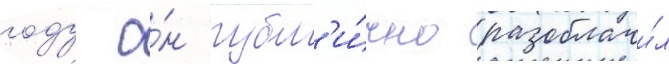
году о́н публ'и́чно разоблачи́л